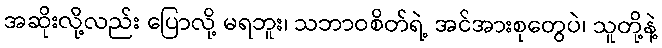
အဆိုးလို့လည်း ပြောလို့ မရဘူး၊ သဘာဝစိတ်ရဲ့ အင်အားစုတွေပဲ၊ သူတို့နဲ့